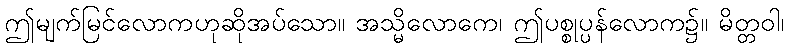
ဤမျက်မြင်လောကဟုဆိုအပ်သော။ အသ္မိလောကေ၊ ဤပစ္စုပ္ပန်လောက၌။ မိတ္တဝါ၊